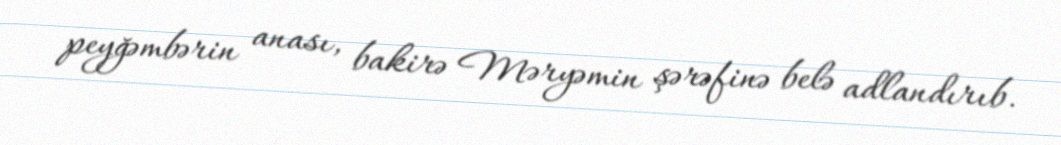
peyğəmbərin anası, bakirə Məryəmin şərəfinə belə adlandırıb.